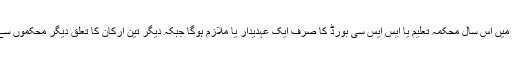
تفصیلات کے بموجب چار ارکان پر مشتمل فلائنگ اسکواڈ ٹیم میں اس سال محکمہ تعلیم یا ایس ایس سی بورڈ کا صرف ایک عہدیدار یا ملازم ہوگا جبکہ دیگر تین ارکان کا تعلق دیگر محکموں سے ہوگا جو امتحانات کے پُرامن انعقاد میں معاونت کریں گے ۔